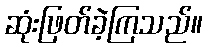
ဆုံးဖြတ်ခဲ့ကြသည်။